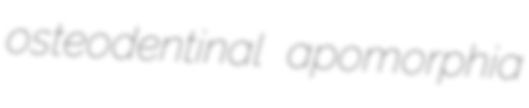
osteodentinal apomorphia